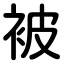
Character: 被